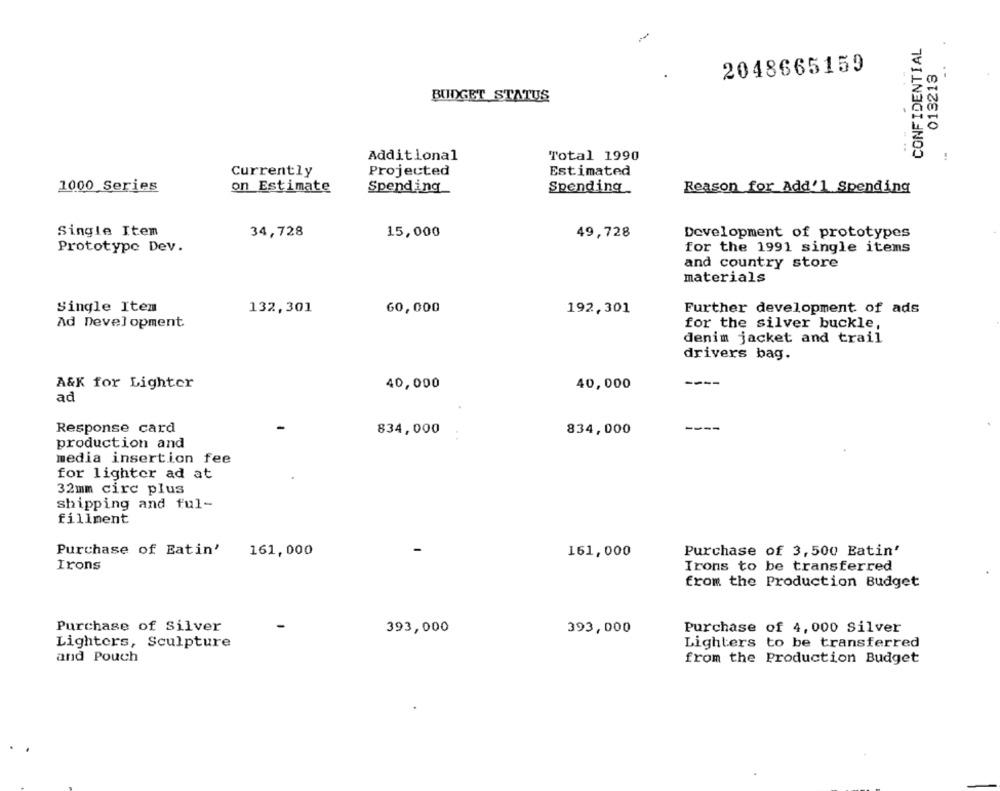
CONFIDENTIAL
013213
2048665159
BUDGET STATUS
-
Additional
Total 1990
Currently
Projected
Estimated
1000 Series
on Estimate
Spending
Spending
Reason for Add'1 Spending
Single Item
34,728
15,000
49,728
Development of prototypes
Prototype Dev.
for the 1991 single items
and country store
materials
Single Item
132,301
60,000
192,301
Further development of ads
Ad Development
for the silver buckle,
denim jacket and trail
drivers bag.
A&K for Lighter
40,000
40,000
----
ad
--
Response card
834,000
834,000
production and
media insertion fee
for lighter ad at
32mm circ plus
shipping and ful-
fillment
Purchase of Eatin'
161,000
161,000
Purchase of 3,500 Eatin'
Irons
Irons to be transferred
from the Production Budget
Purchase of Silver
393,000
393,000
Purchase of 4,000 Silver
Lighters, Sculpture
Lighters to be transferred
and Pouch
from the Production Budget